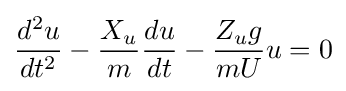
{\frac {d^{2}u}{dt^{2}}}-{\frac {X_{u}}{m}}{\frac {du}{dt}}-{\frac {Z_{u}g}{mU}}u=0